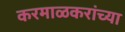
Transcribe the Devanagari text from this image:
करमाळकरांच्या